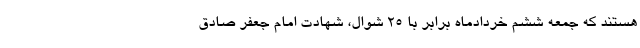
هستند که جمعه ششم خردادماه برابر با ۲۵ شوال، شهادت امام جعفر صادق